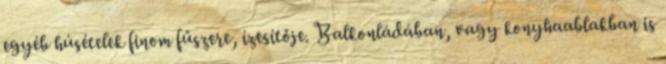
egyéb húsételek finom fűszere, ízesítője. Balkonládában, vagy konyhaablakban is